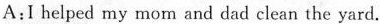
A:I helped my mom and dad clean the yard.